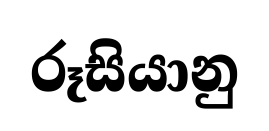
රූසියානු